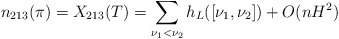
\begin{align*}n_{213}(\pi)=X_{213}(T)=\sum_{\nu_1<\nu_2} h_L([\nu_1,\nu_2]) +O(nH^2)\end{align*}